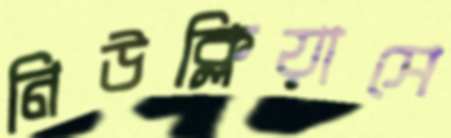
নিউক্লিয়াসে